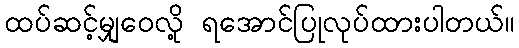
ထပ်ဆင့်မျှဝေလို့ ရအောင်ပြုလုပ်ထားပါတယ်။